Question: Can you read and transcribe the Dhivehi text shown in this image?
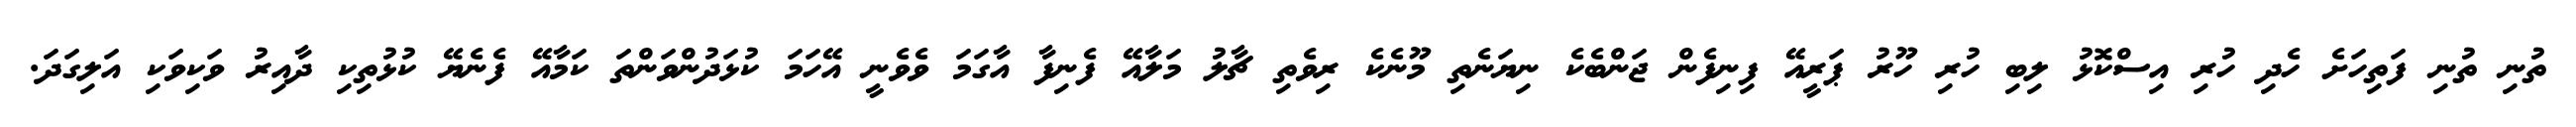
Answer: ތުނި ތުނި ފަތިހަށެ ހެދި ހުރި އިސްކޮޅު ލިބި ހުރި ހޫރު ޕަރީއޭ ފިނިފެން ޖަންބެކެ ނިޔަނެތި މޫނެކެ ރިވެތި ޗާލު މަލާއޭ ފެނިފާ އާގަމަ ވެވެނީ އޭހަމަ ކުޅަދުންވަންތަ ކަމާއޭ ފެނެޔޭ ކުޅުތިކި ދާއިރު ވަކިވަކި އަލިގަދަ.